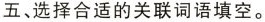
五、选择合适的关联词语填空。